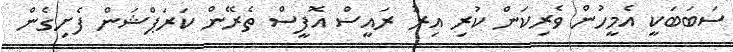
ސަބަބަކީ އެމީހުން ވެރިކަން ކުރި އިރު ރައީސް އޮފީސް ތެރޭން ކަރަޕްޝަން ފެށިގެން